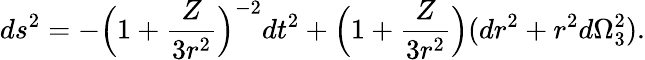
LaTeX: ds^{2}=-\Big(1+{\frac{Z}{3r^{2}}}\Big)^{-2}dt^{2}+\Big(1+{\frac{Z}{3r^{2}}}\Big)(dr^{2}+r^{2}d\Omega_{3}^{2}).